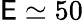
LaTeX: \mathsf{E}\simeq50